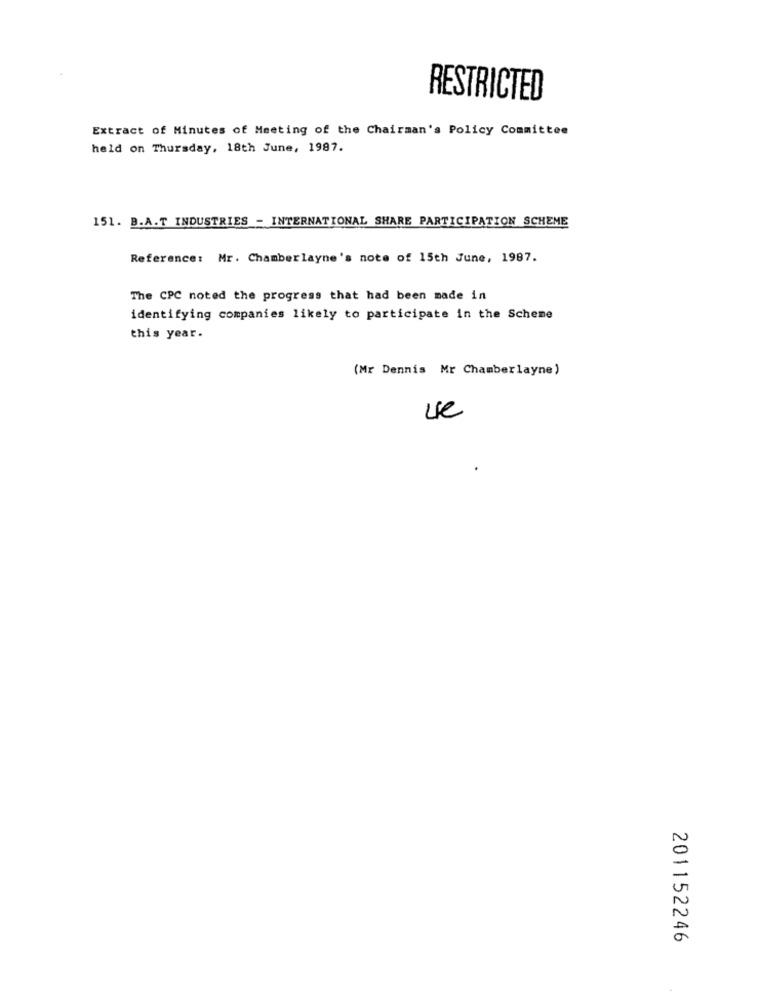
RESTRICTED
Extract of Minutes of Meeting of the Chairman's Policy Committee
held on Thursday, 18th June, 1987.
151. B.A.T INDUSTRIES - INTERNATIONAL SHARE PARTICIPATION SCHEME
Reference: Mr. Chamberlayne's note of 15th June, 1987.
The CPC noted the progress that had been made in
identifying companies likely to participate in the Scheme
this year.
(Mr Dennis Mr Chamberlayne)
201152246